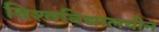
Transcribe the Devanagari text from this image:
विश्‍वविद्यालयीन